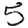
Digit: 5